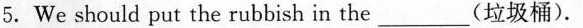
5.We should put the rubbish in the_(垃圾桶).